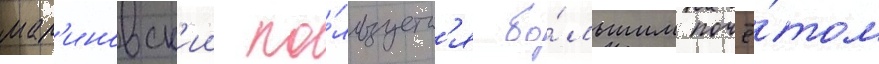
мал'иновск'ии по́льзуетс'я бо́льшим почё́том